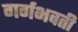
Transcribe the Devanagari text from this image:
गर्गभवती